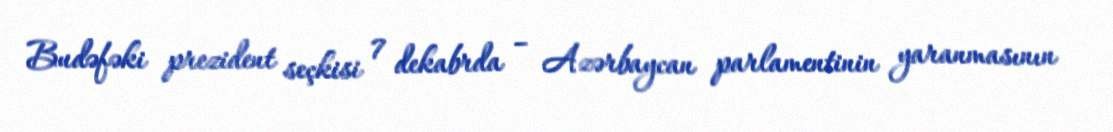
Budəfəki prezident seçkisi 7 dekabrda – Azərbaycan parlamentinin yaranmasının